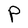
Character: P